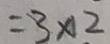
= 3 \times 2